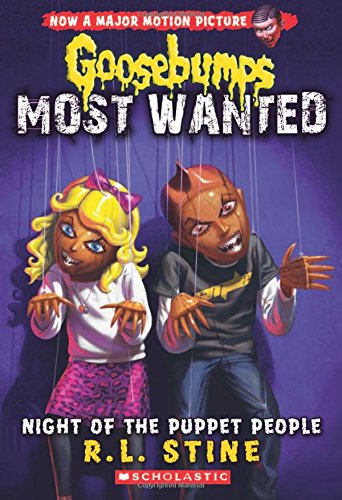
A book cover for Night of the Puppet People (Goosebumps Most Wanted #8); R. L. Stine; Children's Books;